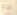
مع